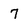
Character: 7